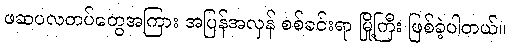
ဖဆပလတပ်တွေအကြား အပြန်အလှန် စစ်ခင်းရာ မြို့ကြီး ဖြစ်ခဲ့ပါတယ်။